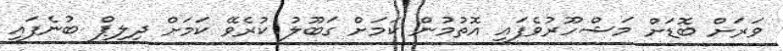
ވަރަށް ބޮޑަށް މަޝްހޫރުވެފައި އޮތުމުން ކަމަށް ގަބޫލު ކުރެވޭ ކަމަށް ދިލިޕް ބުނެފައި